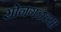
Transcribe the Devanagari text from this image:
सोनगडच्या